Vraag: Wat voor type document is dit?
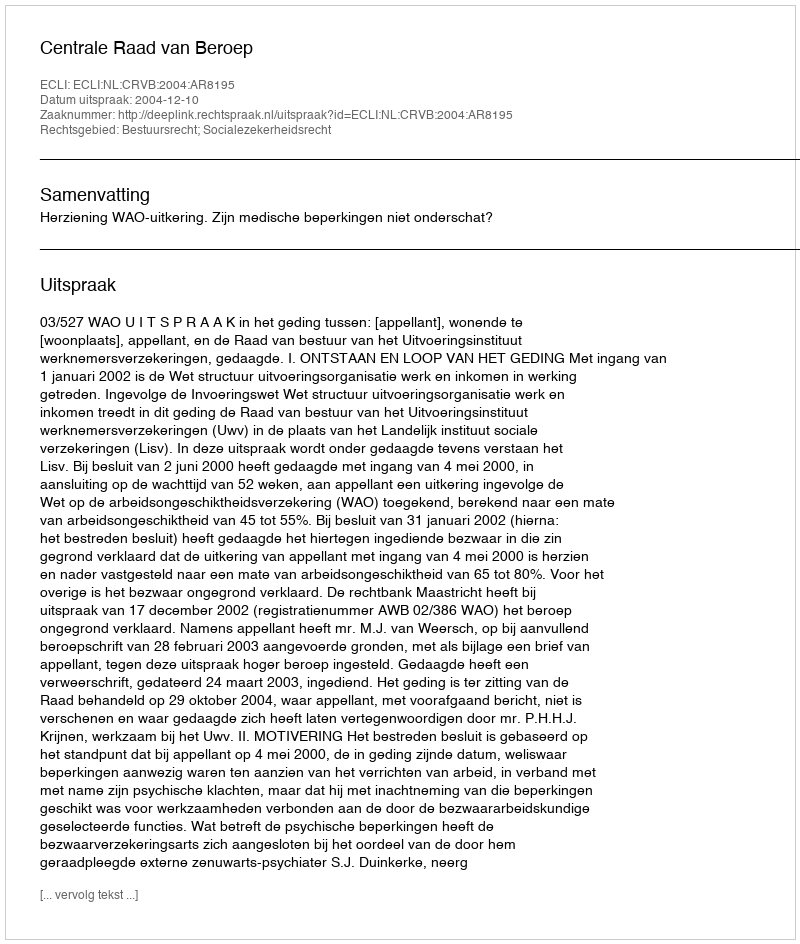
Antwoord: Uitspraak